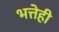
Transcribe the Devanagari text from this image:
भत्तेही